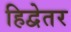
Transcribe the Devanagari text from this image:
हिद्वेतर